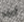
أين